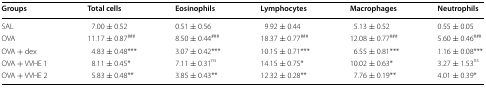
<table><thead><tr><td><b>Groups</b></td><td><b>Total cells</b></td><td><b>Eosinophils</b></td><td><b>Lymphocytes</b></td><td><b>Macrophages</b></td><td><b>Neutrophils</b></td></tr></thead><tbody><tr><td>SAL</td><td>7.00 ± 0.52</td><td>0.51 ± 0.56</td><td>9.92 ± 0.44</td><td>5.13 ± 0.52</td><td>0.55 ± 0.05</td></tr><tr><td>OVA</td><td>11.17 ± 0.87<sup>###</sup></td><td>8.50 ± 0.44<sup>###</sup></td><td>18.37 ± 0.77<sup>###</sup></td><td>12.08 ± 0.77<sup>###</sup></td><td>5.60 ± 0.46<sup>###</sup></td></tr><tr><td>OVA + dex</td><td>4.83 ± 0.48***</td><td>3.07 ± 0.42***</td><td>10.15 ± 0.71***</td><td>6.55 ± 0.81***</td><td>1.16 ± 0.08***</td></tr><tr><td>OVA + VVHE 1</td><td>8.11 ± 0.45*</td><td>7.11 ± 0.31<sup>ns</sup></td><td>14.15 ± 0.75*</td><td>10.02 ± 0.63*</td><td>3.27 ± 1.53<sup>ns</sup></td></tr><tr><td>OVA + VVHE 2</td><td>5.83 ± 0.48**</td><td>3.85 ± 0.43**</td><td>12.32 ± 0.28**</td><td>7.76 ± 0.19**</td><td>4.01 ± 0.39*</td></tr></tbody></table>